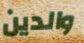
والدين